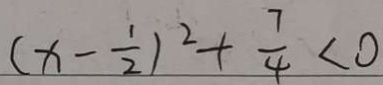
( x - \frac { 1 } { 2 } ) ^ { 2 } + \frac { 7 } { 4 } < 0